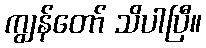
ကျွန်တော် သိပါပြီ။